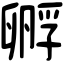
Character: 孵